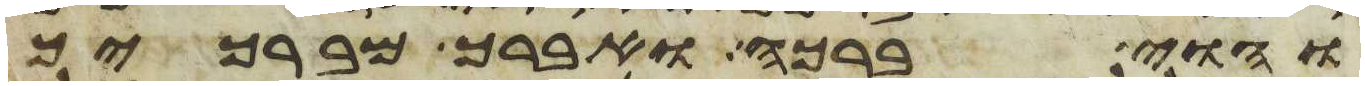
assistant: והוי ברכה ואברך מברכיך